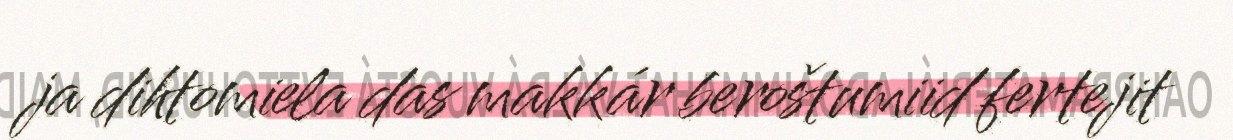
ja dihtomiela das makkár beroštumiid fertejit